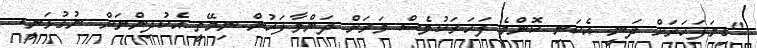
"ގިނަފަހަރަށް ދަނީ އެކަނި ކޮންމެ ފަހަރަކުވެސް ވަރަށް ދަންވާފަހުން ނިމޭތީ އެކުދިންނަށް ނުގުޅަނީ.